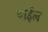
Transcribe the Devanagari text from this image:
वाईल